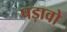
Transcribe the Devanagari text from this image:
पड़ावो